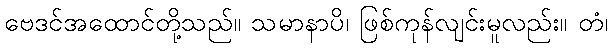
ဗေဒင်အထောင်တို့သည်။ သမာနာပိ၊ ဖြစ်ကုန်လျင်းမူလည်း။ တံ၊